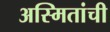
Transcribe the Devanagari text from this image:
अस्मितांची